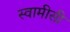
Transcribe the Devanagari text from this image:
स्वामीसी